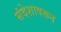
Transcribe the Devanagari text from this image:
संदेशावरून